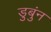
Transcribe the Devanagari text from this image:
डुबुंन